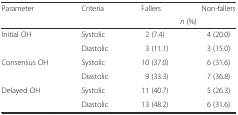
| <ROWSPAN=2> Parameter | <ROWSPAN=2> Criteria | Fallers | Non-fallers |
 | <COLSPAN=2> n (%) |
 | --- | --- | --- | --- |
 | <ROWSPAN=2> Initial OH | Systolic | 2 (7.4) | 4 (20.0) |
 | Diastolic | 3 (11.1) | 3 (15.0) |
 | <ROWSPAN=2> Consensus OH | Systolic | 10 (37.0) | 6 (31.6) |
 | Diastolic | 9 (33.3) | 7 (36.8) |
 | <ROWSPAN=2> Delayed OH | Systolic | 11 (40.7) | 5 (26.3) |
 | Diastolic | 13 (48.2) | 6 (31.6) |